Leaving Certificate Examination (including Day School Certificate (Higher) General paper), 1937
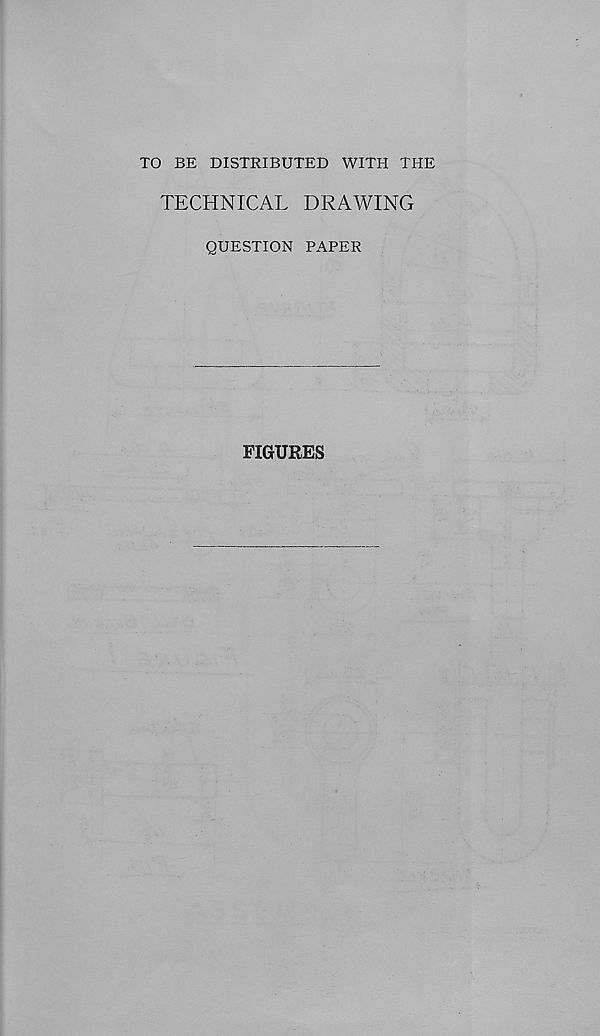
TO BE DISTRIBUTED WITH THE
TECHNICAL DRAWING
QUESTION PAPER
FIGURES